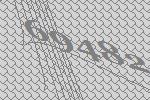
69482